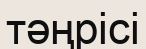
тәңрісі